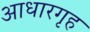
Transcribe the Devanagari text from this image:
आधारगृह